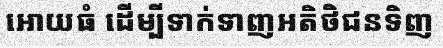
អោយធំ ដើម្បីទាក់ទាញអតិថិជនទិញ